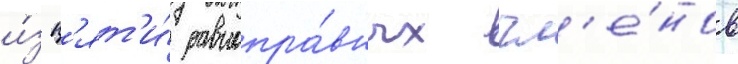
и́з п'ят'и́ равнопра́вных чл'е́нов